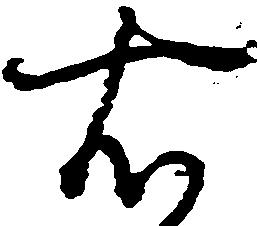
右